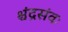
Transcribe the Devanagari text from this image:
श्चंद्रसंवः